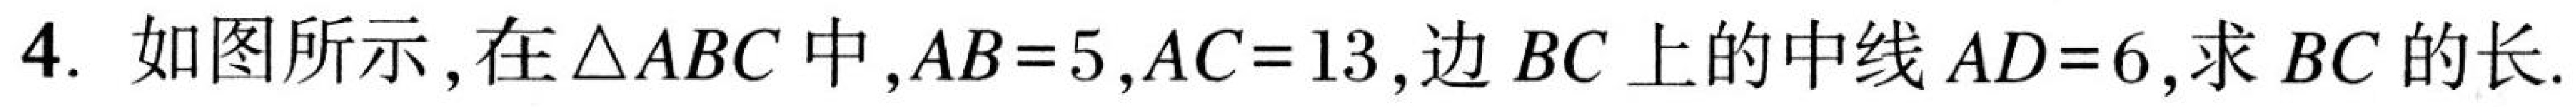
4. 如图所示，在\(\triangle ABC\) 中，\(AB = 5\)，\(AC = 13\)，边 \(BC\) 上的中线 \(AD = 6\)，求 \(BC\) 的长.